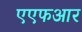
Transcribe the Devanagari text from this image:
एएफआर